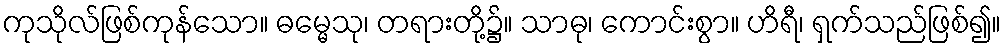
ကုသိုလ်ဖြစ်ကုန်သော။ ဓမ္မေသု၊ တရားတို့၌။ သာဓု၊ ကောင်းစွာ။ ဟိရီ၊ ရှက်သည်ဖြစ်၍။